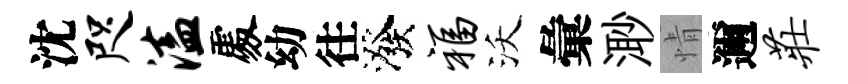
沈咫溘𠁅幼往潑福沃彙𣺌情邇庄